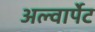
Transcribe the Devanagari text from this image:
अल्वार्पेट